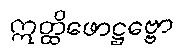
ဣတ္ထိဖောဋ္ဌဗ္ဗော